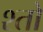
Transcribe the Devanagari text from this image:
श्तो